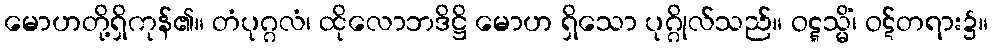
မောဟတို့ရှိကုန်၏။ တံပုဂ္ဂလံ၊ ထိုလောဘဒိဋ္ဌိ မောဟ ရှိသော ပုဂ္ဂိုလ်သည်။ ဝဋ္ဋသ္မိံ၊ ဝဋ်တရား၌။